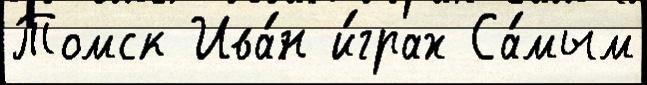
Томск Ива́н и́грах Са́мым